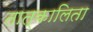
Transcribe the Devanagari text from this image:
तात्कालिता